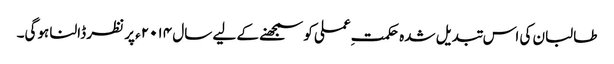
طالبان کی اس تبدیل شدہ حکمتِ عملی کو سمجھنے کے لیے سال ۲۰۱۴ء پر نظر ڈالنا ہوگی۔